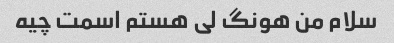
سلام من هونگ لی هستم اسمت چیه